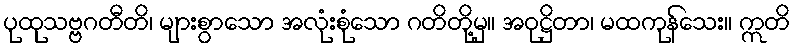
ပုထုသဗ္ဗဂတီတိ၊ များစွာသော အလုံးစုံသော ဂတိတို့မှ။ အဝုဋ္ဌိတာ၊ မထကုန်သေး။ ဣတိ